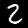
Digit: 2